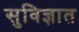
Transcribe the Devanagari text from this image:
सुविज्ञात